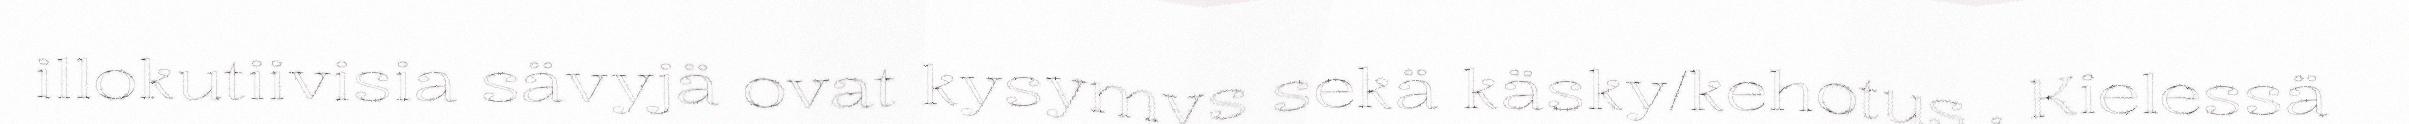
illokutiivisia sävyjä ovat kysymys sekä käsky/kehotus . Kielessä